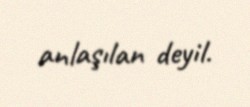
anlaşılan deyil.